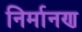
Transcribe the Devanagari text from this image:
निर्मानण